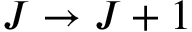
J \rightarrow J + 1